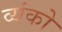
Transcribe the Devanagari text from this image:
व्यंको